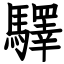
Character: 驛